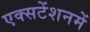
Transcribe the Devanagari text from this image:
एक्सटेंशनमें